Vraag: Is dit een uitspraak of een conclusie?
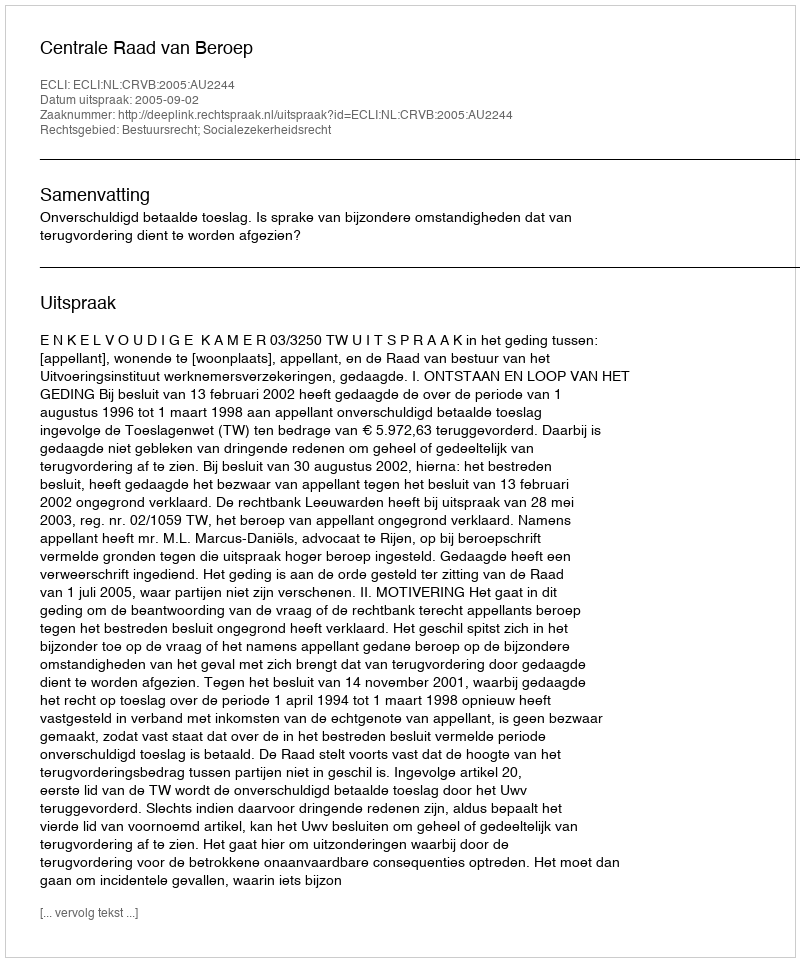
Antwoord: Uitspraak